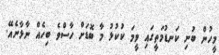
މީހުން ބުނި ކަނޑުމަތީގައި ވީމަ ކުކުޅު މާ ބޮޑަށް ހާސްވެ ބިހެއް ނާޅާނެއޭ.